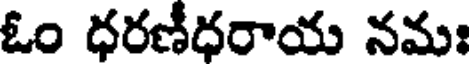
ఓం ధరణీధరాయ నమః